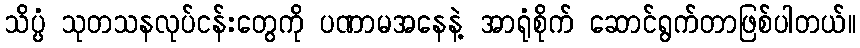
သိပ္ပံ သုတသနလုပ်ငန်းတွေကို ပဏာမအနေနဲ့ အာရုံစိုက် ဆောင်ရွက်တာဖြစ်ပါတယ်။